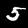
Label: 5